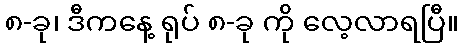
၈-ခု၊ ဒီကနေ့ ရုပ် ၈-ခု ကို လေ့လာရပြီ။